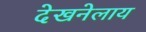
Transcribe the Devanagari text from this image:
देखनेलाय